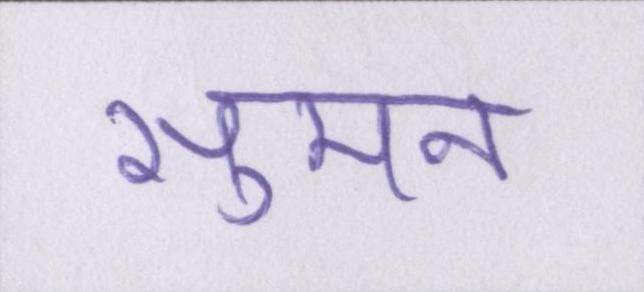
सुमन